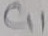
Text: C11